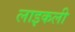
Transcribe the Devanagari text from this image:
लाइकली